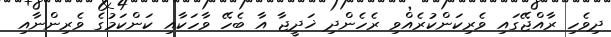
ދިވެހި ރާއްޖޭގައި ވެރިކަންކުރެއްވި ރެހެންދި ޚަދީޖާ އާ ބެހޭ ވާހަކާއި ކަންކަމުގެ ވެރިންނާއި